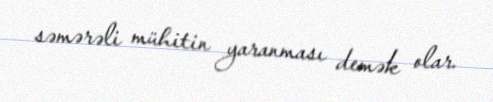
səmərəli mühitin yaranması demək olar.